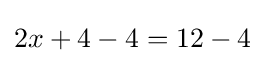
2x+4-4=12-4